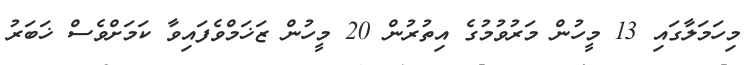
މިހަމަލާގައި 13 މީހުން މަރުވުމުގެ އިތުރުން 20 މީހުން ޒަޚަމްވެފައިވާ ކަމަށްވެސް ޚަބަރު